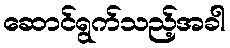
ဆောင်ရွက်သည့်အခါ